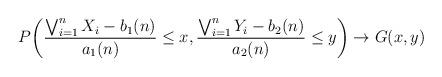
LaTeX: \begin{align*}P \biggl( \frac{\bigvee_{i=1}^n X_i - b_1(n)}{a_1(n)} \le x, \frac{\bigvee_{i=1}^n Y_i - b_2(n)}{a_2(n)} \le y \biggr)\rightarrow G(x,y)\end{align*}